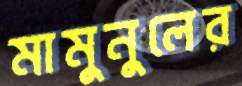
মামুনুলের